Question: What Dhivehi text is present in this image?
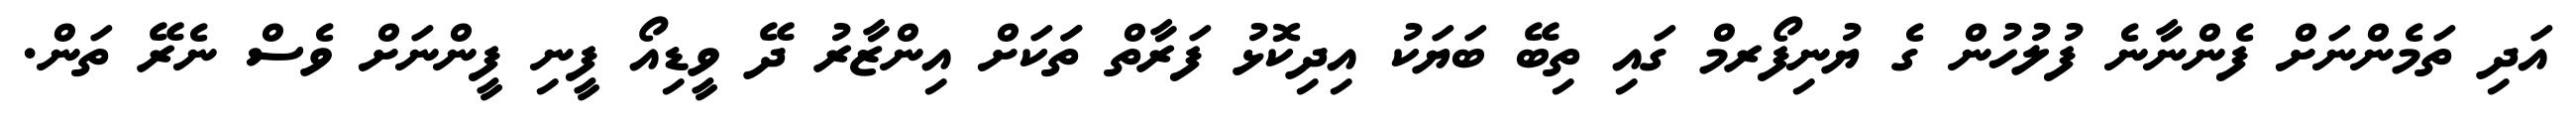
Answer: އަދި ތަމެންނަށް ފެންނާނެ ފުލުހުން ގެ ޔުނިފޯރމް ގައި ތިބޭ ބަޔަކު އިދިކޮޅު ފަރާތް ތަަކަށް އިންޒާރު ދޭ ވީޑިއޯ ފީނި ފީންނަށް ވެސް ނެރޭ ތަން.